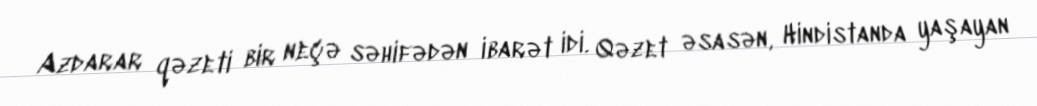
Azdarar qəzeti bir neçə səhifədən ibarət idi. Qəzet əsasən, Hindistanda yaşayan